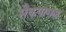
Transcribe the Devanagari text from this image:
मैकपागल